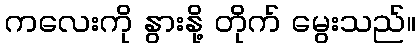
ကလေးကို နွားနို့ တိုက် မွေးသည်။